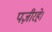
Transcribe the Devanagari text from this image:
पज़ीरहे।